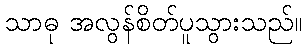
သာဓု အလွန်စိတ်ပူသွားသည်။